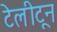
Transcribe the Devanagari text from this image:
टेलीटून